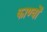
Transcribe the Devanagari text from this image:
काण्वों